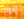
لتونا